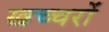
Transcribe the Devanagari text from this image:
खच्‍चरों